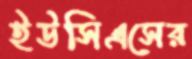
ইউসিএসের